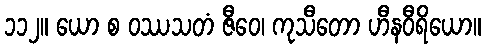
၁၁၂။ ယော စ ဝဿသတံ ဇီဝေ၊ ကုသီတော ဟီနဝီရိယော။